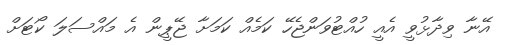
އޭނާ ވިދާޅުވީ އެއީ ހުއްޓުވަންޖެހޭ ކަމެއް ކަމަށާ ޖޭޕީން އެ މައްސަލަ ކޯޓަށް